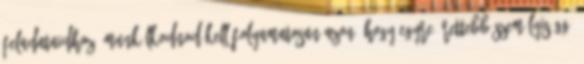
feladataidhoz. Munkálkodnod kell folyamatosan azon, hogy egyre érettebb személyiséggé